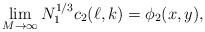
\begin{align*}\lim_{M\to\infty} N_1^{1/3}c_2(\ell,k)=\phi_2(x,y),\end{align*}